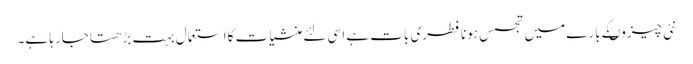
نئی چیزوںکے بارے میں تجسس ہونا فطری بات ہے اسی لئے منشیات کا استعمال بہت بڑھتا جارہا ہے۔